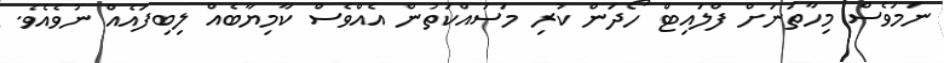
ނަމަވެސް މިހާތަނަށް ފްލައިޓް ހޯދަން ކުރި މަސައްކަތުން އެއްވެސް ކާމިޔާބެއް ލިބިފައެއް ނުވެއެވެ.